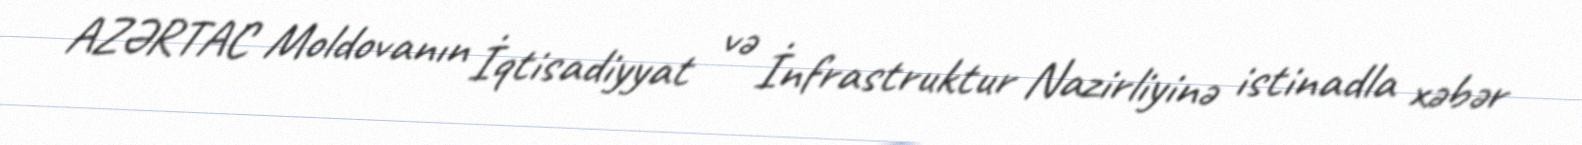
AZƏRTAC Moldovanın İqtisadiyyat və İnfrastruktur Nazirliyinə istinadla xəbər